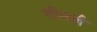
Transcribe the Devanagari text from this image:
नीयती